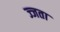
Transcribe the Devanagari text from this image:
ज्जता